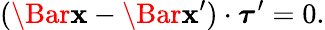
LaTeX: (\Bar{\mathbf{x}}-\Bar{\mathbf{x}}^{\prime})\cdot\boldsymbol\tau^{\prime}=0.